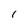
Character: I